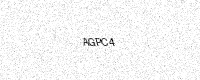
Text: AGPC4